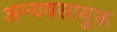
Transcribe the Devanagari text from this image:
अन्यवसायुक्त